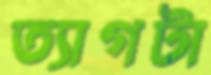
ত্যাগটা